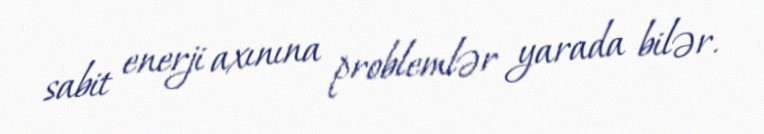
sabit enerji axınına problemlər yarada bilər.